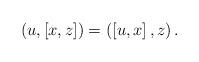
LaTeX: \begin{align*}\left(u,\left[x,z\right]\right)=\left(\left[u,x\right],z\right).\end{align*}